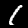
Digit: 1